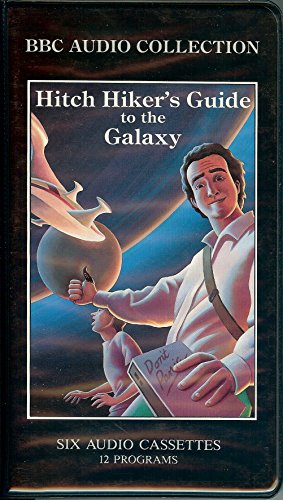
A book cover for The Hitch-Hiker's Guide to the Galaxy; Douglas Adams; Humor & Entertainment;